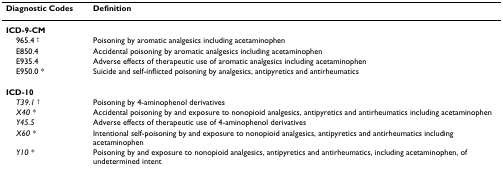
| Diagnostic Codes | Definition |
 | --- | --- |
 | ICD-9-CM |  |
 | 965.4 † | Poisoning by aromatic analgesics including acetaminophen |
 | E850.4 | Accidental poisoning by aromatic analgesics including acetaminophen |
 | E935.4 | Adverse effects of therapeutic use of aromatic analgesics including acetaminophen |
 | E950.0 * | Suicide and self-inflicted poisoning by analgesics, antipyretics and antirheumatics |
 | ICD-10 |  |
 | T39.1 † | Poisoning by 4-aminophenol derivatives |
 | X40 * | Accidental poisoning by and exposure to nonopioid analgesics, antipyretics and antirheumatics including acetaminophen |
 | Y45.5 | Adverse effects of therapeutic use of 4-aminophenol derivatives |
 | X60 * | Intentional self-poisoning by and exposure to nonopioid analgesics, antipyretics and antirheumatics including acetaminophen |
 | Y10 * | Poisoning by and exposure to nonopioid analgesics, antipyretics and antirheumatics, including acetaminophen, of undetermined intent |